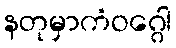
နတုမှာကံဝဂ္ဂေါ